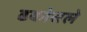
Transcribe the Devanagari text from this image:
ढकोसले